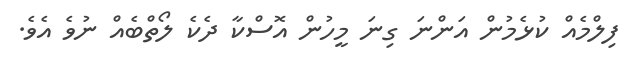
ފިލްމެއް ކުޅެމުން އަންނަ ގިނަ މީހުން އޮސްކާ ދެކެ ލޯތްބެއް ނުވެ އެވެ.